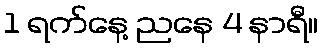
1 ရက်နေ့ ညနေ 4 နာရီ။